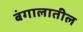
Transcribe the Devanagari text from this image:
बंगालातील